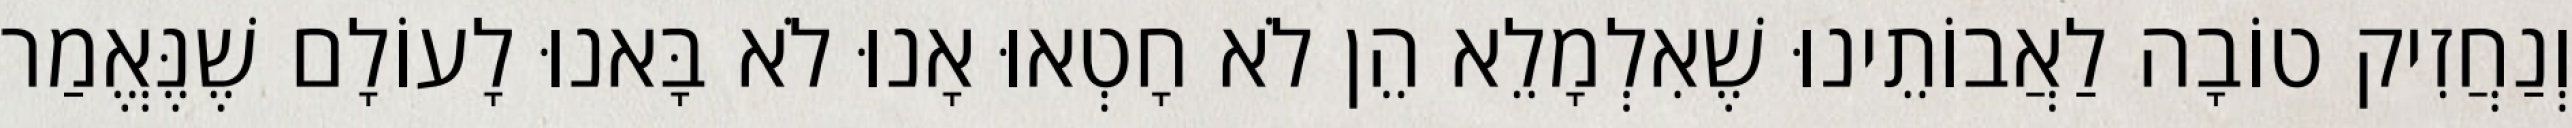
וְנַחֲזִיק טוֹבָה לַאֲבוֹתֵינוּ שֶׁאִלְמָלֵא הֵן לֹא חָטְאוּ אָנוּ לֹא בָּאנוּ לָעוֹלָם שֶׁנֶּאֱמַר